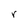
Character: r